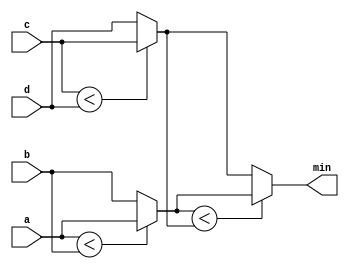
`default_nettype none
module top_module (
    input [7:0] a, b, c, d,
    output [7:0] min);//

    // assign intermediate_result1 = compare? true: false;
  
  //method 1 - create intermediate wire
  /*wire [7:0] min_ab,min_cd;
    assign min_ab = a<b ? a : b;
    assign min_cd = c<d ? c : d;
    assign min = min_ab < min_cd ? min_ab : min_cd;
    */
    
  //method 2- direct without intermediate wires
  assign min = (a < b ? a : b ) < ( c < d ? c : d) ? (a < b ? a : b ) : ( c < d ? c : d);
    
endmodule